Note on the mental hospitals in Burma - 1925-1940
Year: 1925
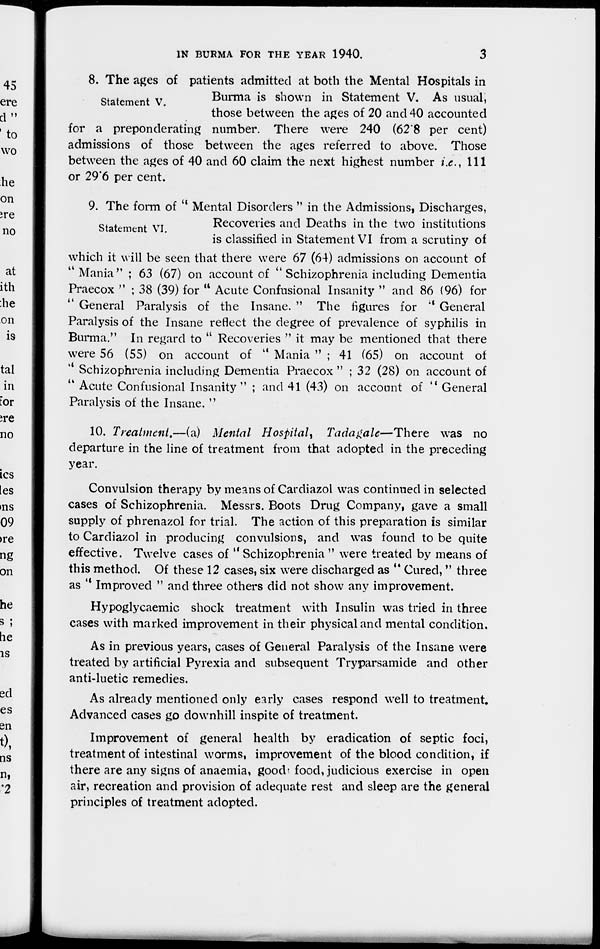
IN BURMA FOR THE YEAR 1940.
3
Statement V.
8. The ages of patients admitted at both the Mental Hospitals in
Burma is shown in Statement V. As usual,
those between the ages of 20 and 40 accounted
for a preponderating number. There were 240 (62.8 per cent)
admissions of those between the ages referred to above. Those
between the ages of 40 and 60 claim the next highest number i.e., 111
or 29.6 per cent.
Statement VI.
9. The form of " Mental Disorders " in the Admissions, Discharges,
Recoveries and Deaths in the two institutions
is classified in Statement VI from a scrutiny of
which it will be seen that there were 67 (64) admissions on account of
"Mania" ; 63 (67) on account of ''Schizophrenia including Dementia
Praecox " ; 38 (39) for ''Acute Confusional Insanity " and 86 (96) for
'' General Paralysis of the Insane. " The figures for '' General
Paralysis of the Insane reflect the degree of prevalence of syphilis in
Burma." In regard to " Recoveries " it may be mentioned that there
were 56 (55) on account of ''Mania " ; 41 (65) on account of
Schizophrenia including Dementia Praecox " ; 32 (28) on account of
''Acute Confusional Insanity" ; and 41 (43) on account of '' General
Paralysis of the Insane. "
10. Treatment.—(a) Mental Hospital, Tadagale—There
was no
departure in the line of treatment from that adopted in the preceding
year.
Convulsion therapy by means of Cardiazol was continued in selected
cases of Schizophrenia. Messrs. Boots Drug Company, gave a small
supply of phrenazol for trial. The action of this preparation is similar
to Cardiazol in producing convulsions, and was found to be quite
effective. Twelve cases of " Schizophrenia " were treated by means of
this method. Of these 12 cases, six were discharged as " Cured, " three
as " Improved " and three others did not show any improvement.
Hypoglycaemic shock treatment with Insulin was tried in three
cases with marked improvement in their physical and mental condition.
As in previous years, cases of General Paralysis of the Insane were
treated by artificial Pyrexia and subsequent Tryparsamide and other
anti-luetic remedies.
As already mentioned only early cases respond well to treatment.
Advanced cases go downhill inspite of treatment.
Improvement of general health by eradication of septic foci,
treatment of intestinal worms, improvement of the blood condition, if
there are any signs of anaemia, good food, judicious exercise in open
air, recreation and provision of adequate rest and sleep are the general
principles of treatment adopted.